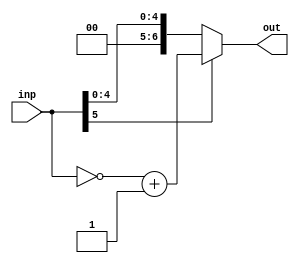
// Convert number from Two's complement to Signed format

module T_to_S #(
  parameter DATA_WIDTH = 6
) 
(
  input wire  [DATA_WIDTH - 1 : 0] inp,
  output wire [DATA_WIDTH : 0] out      // 'out' will have one extra bit than 'inp'
);

reg [DATA_WIDTH : 0] x;

always @* begin
  if (inp[DATA_WIDTH-1] == 1'b1)
    x = (~inp)+1;
  else
    x = inp;
end

assign out = x;

endmodule